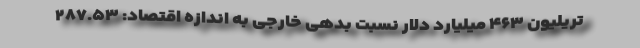
تریلیون ۴۶۳ میلیارد دلار نسبت بدهی خارجی به اندازه اقتصاد: ۲۸۷.۵۳